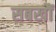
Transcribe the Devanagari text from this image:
सबखौं